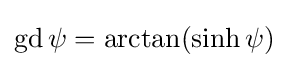
\operatorname {gd} \psi =\arctan(\sinh \psi )